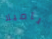
باميلا